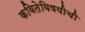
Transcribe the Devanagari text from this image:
कवितेविषयीची